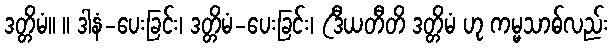
ဒတ္တိမံ။ ။ ဒါနံ-ပေးခြင်း၊ ဒတ္တိမံ-ပေးခြင်း၊ (ဒီယတီတိ ဒတ္တိမံ ဟု ကမ္မသာဓ်လည်း